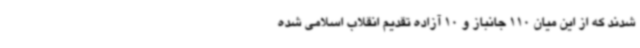
شدند که از این میان 110 جانباز و 10 آزاده تقدیم انقلاب اسلامی شده